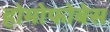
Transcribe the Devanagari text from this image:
होमोफोबेस